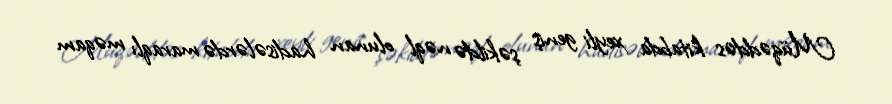
Müqəddəs kitabda xeyli geniş şəkildə nəql olunan hadisələrdə maraqlı məqam